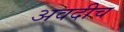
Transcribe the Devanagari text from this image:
अवदीच